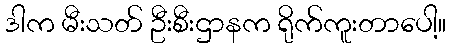
ဒါက မီးသတ် ဦးစီးဌာနက ရိုက်ကူးတာပေါ့။